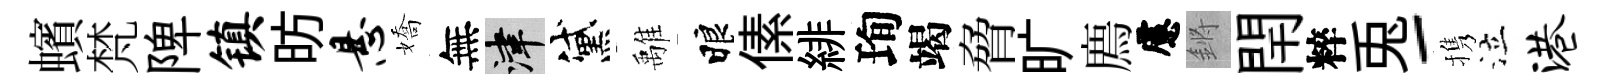
蠙梵陴镇昉悬嬌無津黛𩀌睱傃緋珣竭脅旷廌慮鏘閈粹兎-携泣港